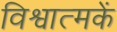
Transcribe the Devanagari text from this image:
विश्वात्मकें